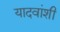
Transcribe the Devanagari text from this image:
यादवांशी